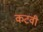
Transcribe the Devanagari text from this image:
कटवी